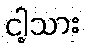
ငါ့သား